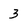
Character: 3